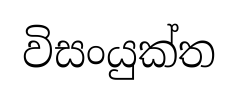
විසංයුක්ත